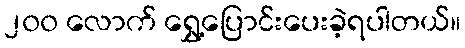
၂၀၀ လောက် ရွှေ့ပြောင်းပေးခဲ့ရပါတယ်။